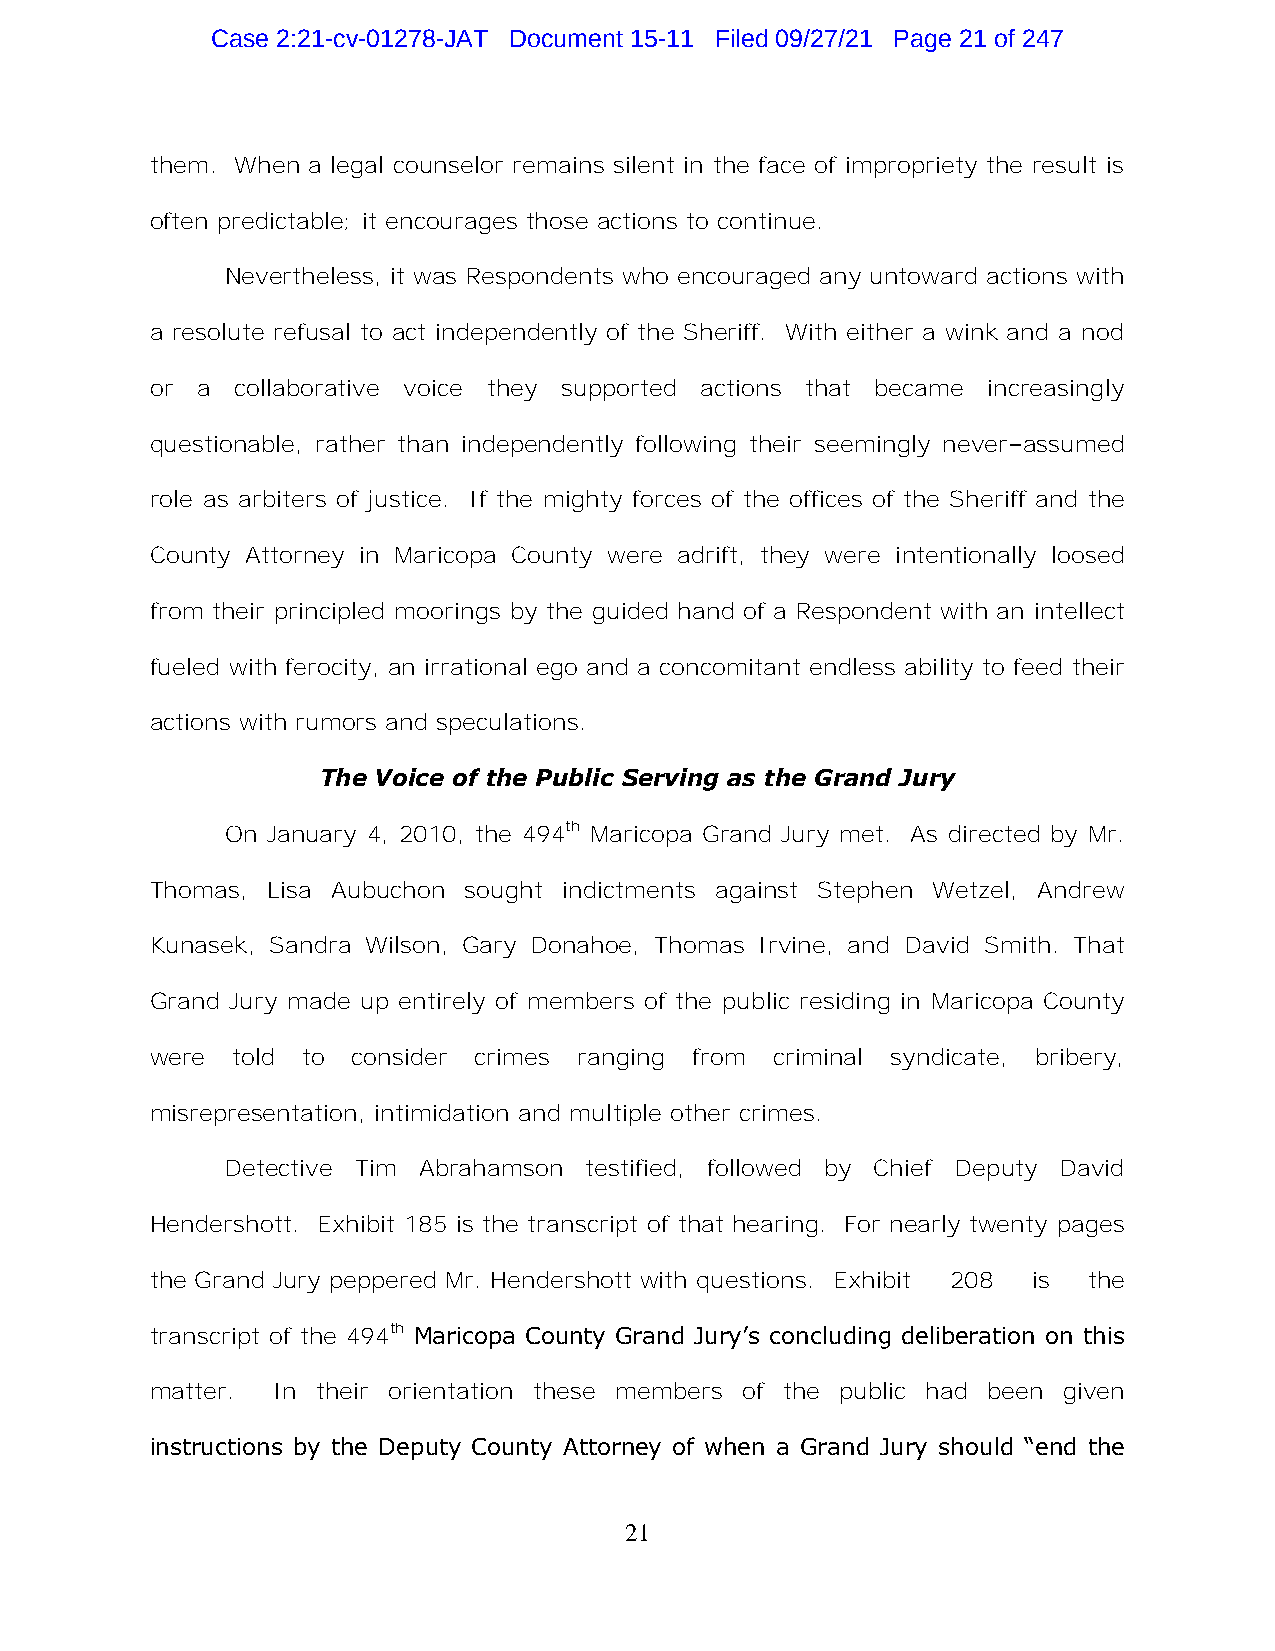
Case 2:21-cv-01278-JAT Document 15-11 Filed 09/27/21 Page 21 of 247
 them. When a legal counselor remains silent in the face of impropriety the result is
 often predictable; it encourages those actions to continue.
 Nevertheless, it was Respondents who encouraged any untoward actions with
 a resolute refusal to act independently of the Sheriff. With either a wink and a nod
 or a  collaborative voice they supported actions that became increasingly
 questionable, rather than independently following their seemingly never–assumed
 role as arbiters of justice. If the mighty forces of the offices of the Sheriff and the
 County Attorney in Maricopa County were adrift, they were intentionally loosed
 from their principled moorings by the guided hand of a Respondent with an intellect
 fueled with ferocity, an irrational ego and a concomitant endless ability to feed their
 actions with rumors and speculations.
 The Voice of the Public Serving as the Grand Jury
 On January 4, 2010, the 494th Maricopa Grand Jury met. As directed by Mr.
 Thomas, Lisa Aubuchon sought indictments against Stephen Wetzel, Andrew
 Kunasek, Sandra Wilson, Gary Donahoe, Thomas Irvine, and David Smith. That
 Grand Jury made up entirely of members of the public residing in Maricopa County
 were told to consider crimes ranging from criminal syndicate, bribery,
 misrepresentation, intimidation and multiple other crimes.
 Detective Tim Abrahamson testified, followed by Chief Deputy David
 Hendershott. Exhibit 185 is the transcript of that hearing. For nearly twenty pages
 the Grand Jury peppered Mr. Hendershott with questions. Exhibit 208 is the
 transcript of the 494th Maricopa County Grand Jury’s concluding deliberation on this
 matter. In their orientation these members of the public had been given
 instructions by the Deputy County Attorney of when a Grand Jury should “end the
 21